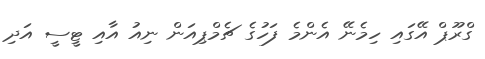
ގްރޫޕް އޭގައި ހިމެނޭ އެންމެ ފަހުގެ ޗެމްޕިއަން ނިއު އާއި ޓީސީ އަދި